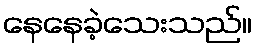
နေနေခဲ့သေးသည်။